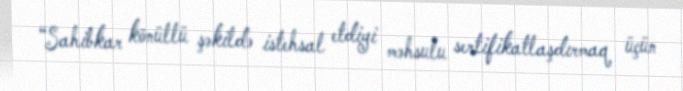
“Sahibkar könüllü şəkildə istehsal etdiyi məhsulu sertifikatlaşdırmaq üçün